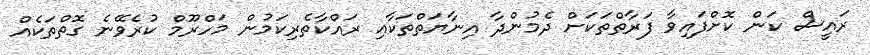
ރައީސް ކަން ކޮށްފައިވާ ފަރާތްތަކަށް ދެމުންދާ އިނާޔަތްތަކާއި ރައްކާތެރިކަމުން މަހްރޫމް ކުރެވޭނެ ގޮތްތަކެއް